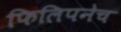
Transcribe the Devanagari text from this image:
फिलिपनेच